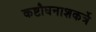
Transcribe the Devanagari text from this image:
कष्टौघनाशकर्त्रे